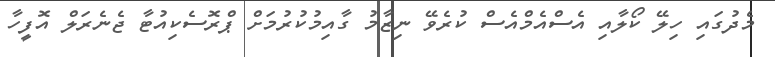
މެދުގައި ހިލޭ ކޯލާއި އެސްއެމްއެސް ކުރެވޭ ނިޒާމު ގާއިމުކުރުމަށް ޕްރޮސެކިއުޓާ ޖެނެރަލް އޮފީހާ